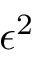
\epsilon ^ { 2 }